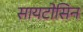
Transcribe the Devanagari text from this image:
सायटोसिन